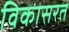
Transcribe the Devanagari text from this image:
विकासरत